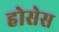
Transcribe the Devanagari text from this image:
होसेस